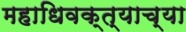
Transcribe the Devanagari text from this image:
महाधिवक्त्याच्या